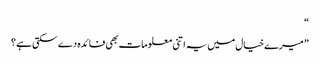
“
” میرے خیال میں یہ اتنی معلومات بھی فائدہ دے سکتی ہے؟